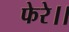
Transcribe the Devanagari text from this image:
फेरे।।